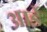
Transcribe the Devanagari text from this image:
आर्डे